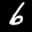
Label: 6